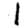
Digit: 1